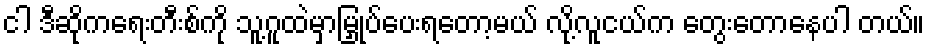
ငါ ဒီဆိုကရေးတီးစ်ကို သူ့ဂူထဲမှာမြှုပ်ပေးရတော့မယ် လို့လူငယ်က တွေးတောနေပါ တယ်။